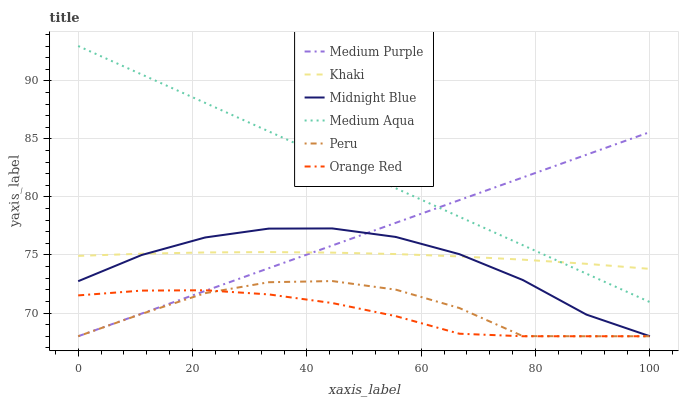
| xaxis_label | Medium Purple | Khaki | Midnight Blue | Medium Aqua | Peru | Orange Red |
 | --- | --- | --- | --- | --- | --- | --- |
 | 0 | 68 | 74.9 | 72.7 | 93 | 68 | 71.5 |
 | 11.1 | 70 | 75.1 | 75 | 90.5 | 69.9 | 71.9 |
 | 22.2 | 71.9 | 75.2 | 76.5 | 88.1 | 71.7 | 72 |
 | 33.3 | 73.9 | 75.3 | 77.3 | 85.6 | 72.7 | 71.6 |
 | 44.4 | 75.8 | 75.2 | 77.3 | 83.2 | 72.8 | 70.9 |
 | 55.6 | 77.8 | 75.1 | 76.6 | 80.7 | 72 | 69.7 |
 | 66.7 | 79.7 | 74.9 | 75.1 | 78.3 | 70.4 | 68.2 |
 | 77.8 | 81.7 | 74.6 | 72.8 | 75.8 | 68 | 68 |
 | 88.9 | 83.6 | 74.2 | 69.9 | 73.4 | 68 | 68 |
 | 100 | 85.6 | 73.8 | 68 | 70.9 | 68 | 68 |